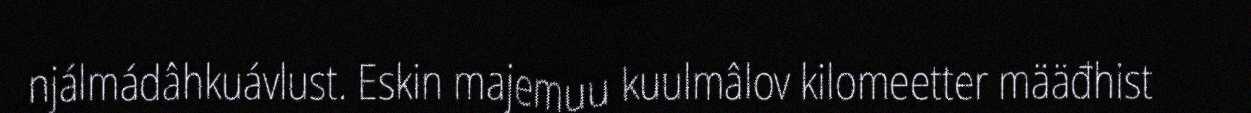
njálmádâhkuávlust. Eskin majemuu kuulmâlov kilomeetter määđhist